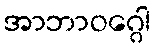
အာဘာဝဂ္ဂေါ